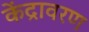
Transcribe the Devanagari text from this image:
केंद्रावरण